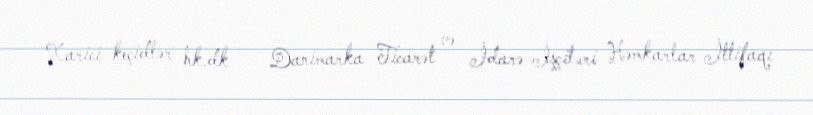
Xarici keçidlər hk.dk — Danimarka Ticarət və İdarə İşçiləri Həmkarlar İttifaqı